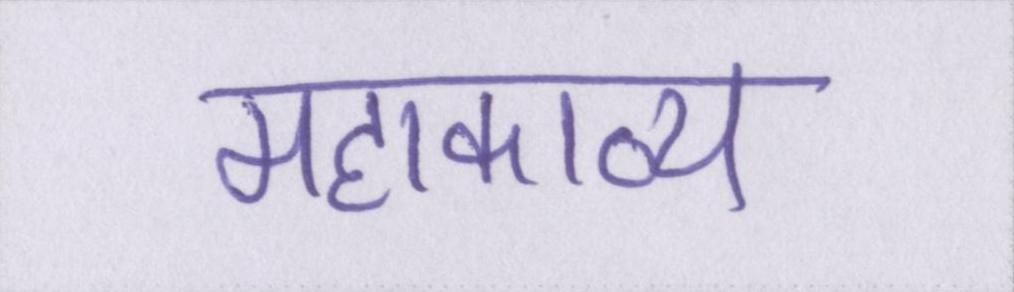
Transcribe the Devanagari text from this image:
महाकाव्य